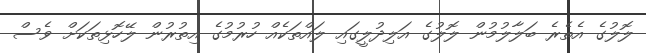
ލޮލުގެ އެތެރެ ބަލާލުމުން ލޮލުގެ އަލިދުލީގައި ލައްތަކެއް ހުރުމުގެ އިތުރުން ލޭހޮޅިތަކަށް ވެސް